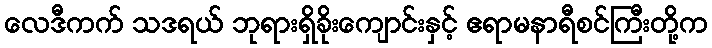
လေဒီကက် သဒရယ် ဘုရားရှိခိုးကျောင်းနှင့် ဧရာမနာရီစင်ကြီးတို့က